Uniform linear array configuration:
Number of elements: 12
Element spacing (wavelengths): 0.75
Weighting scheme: blackman
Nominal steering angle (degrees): -45
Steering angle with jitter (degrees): -46.954
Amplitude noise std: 0.05
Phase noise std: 0.05

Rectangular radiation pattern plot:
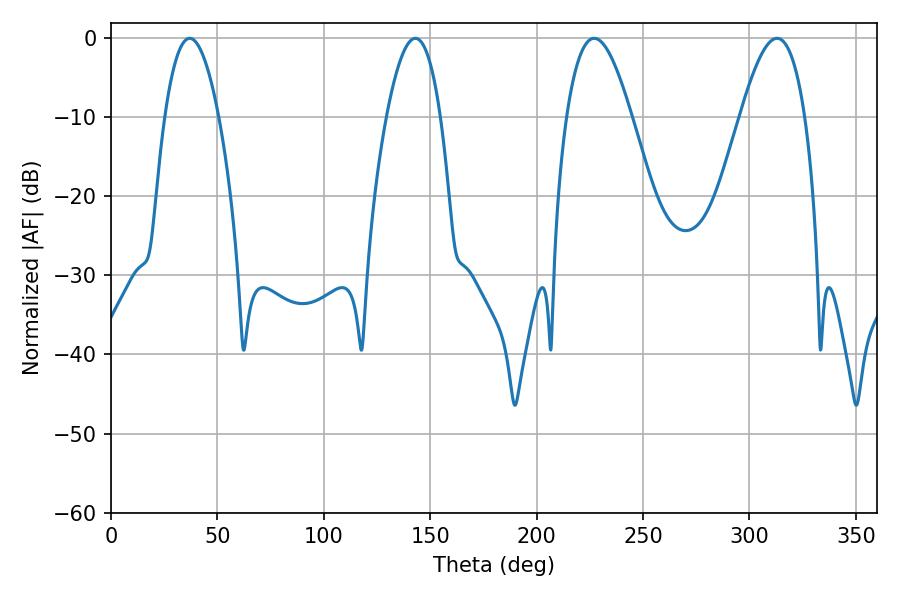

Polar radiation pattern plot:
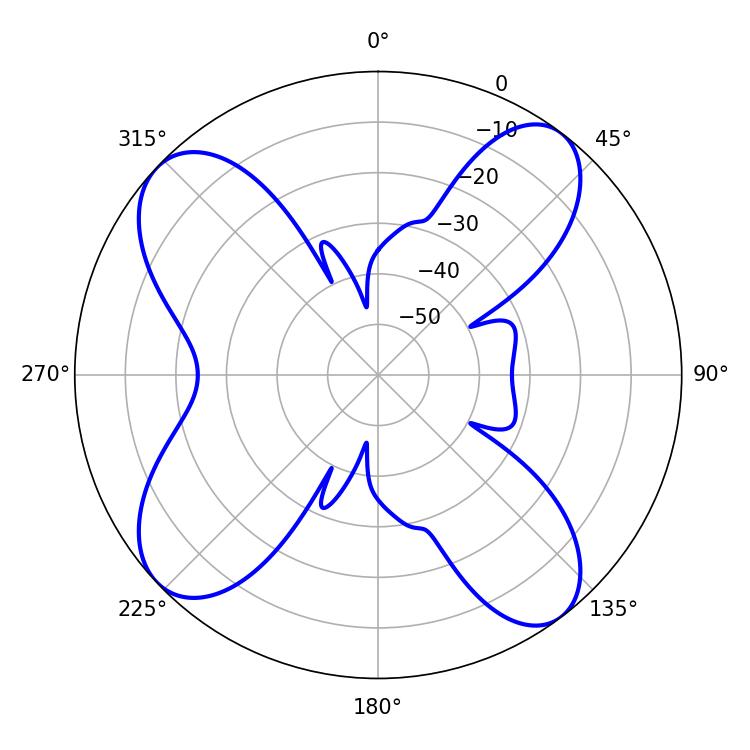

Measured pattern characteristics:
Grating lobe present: TRUE
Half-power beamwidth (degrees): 16.56
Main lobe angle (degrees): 226.98